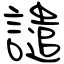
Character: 譴